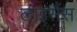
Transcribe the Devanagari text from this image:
लाइसैंस